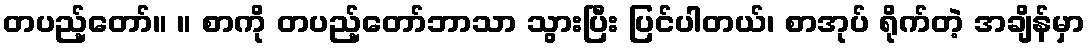
တပည့်တော်။ ။ စာကို တပည့်တော်ဘာသာ သွားပြီး ပြင်ပါတယ်၊ စာအုပ် ရိုက်တဲ့ အချိန်မှာ